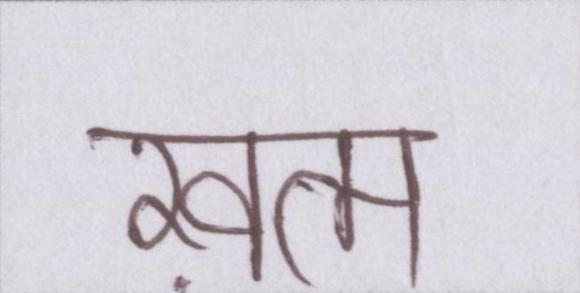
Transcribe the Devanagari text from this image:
ख़त्म